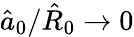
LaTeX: \hat{a}_{0}/\hat{R}_{0}\rightarrow 0